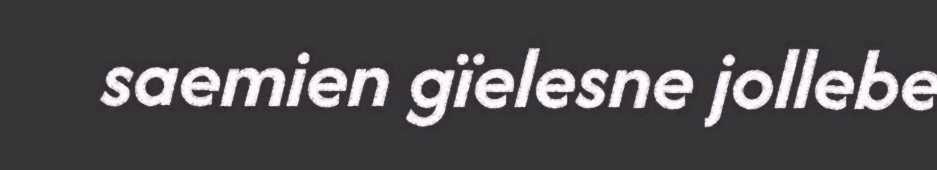
saemien gïelesne jollebe